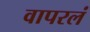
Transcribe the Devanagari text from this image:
वापरलं